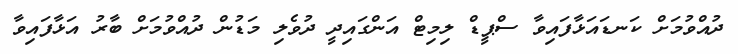
ދުއްވުމަށް ކަނޑައަޅާފައިވާ ސްޕީޑް ލިމިޓް އަންގައިދީ ދުވެލި މަޑުން ދުއްވުމަށް ބާރު އަޅާފައިވާ